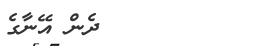
٤٨        ދެން އޭނާގެ